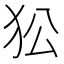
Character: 𤝅